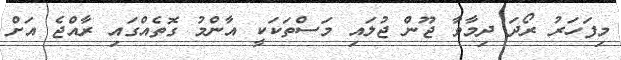
މިފަހަރު ރޯދަ ދިމާވާ ޖޫން ޖުލައި މަސްތަކަކީ އާންމު ގޮތެއްގައި ރާއްޖެ އަށް